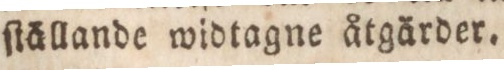
ſtällande widtagne åtgärder.